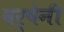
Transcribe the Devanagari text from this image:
वर्षेनी